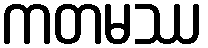
ကတမဿ